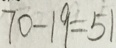
7 0 - 1 9 = 5 1